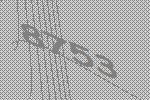
8753